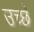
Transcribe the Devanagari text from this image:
उच्छे